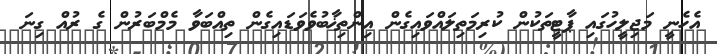
އެހެނީ މަޖިލީހުގައި ޕާޓީތަކުން ކުރިމަތިލައްވައިގެން އިންތިޚާބުވެވަޑައިގެން ތިއްބަވާ މެމްބަރުން ގެ ރުއް ގިނަ